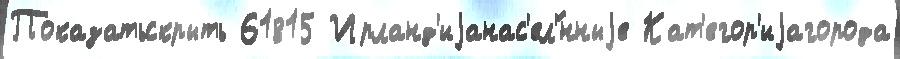
Показатьскрыть 61815 Ирланд'иjанас'ел'́нныjе Кат'егор'иjагорода